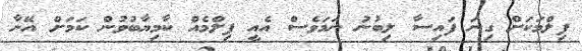
ފިލްމަކަށް ގިނަ ފައިސާ ލިބުނު ނަމަވެސް އެއީ ފިލްމެއް ކާމިޔާބުވުން ކަމަށް އޭނާ